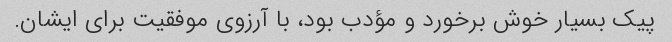
پیک بسیار خوش برخورد و مؤدب بود، با آرزوی موفقیت برای ایشان.